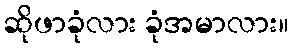
ဆိုဖာခုံလား ခုံအမာလား။